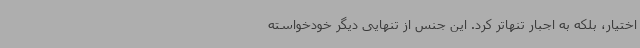
اختیار، بلکه به اجبار تنهاتر کرد. این جنس از تنهایی دیگر خودخواسته